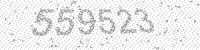
Solution: 559523